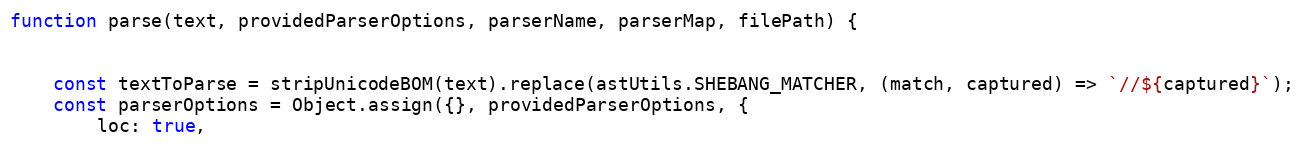
Language: JavaScript
function parse(text, providedParserOptions, parserName, parserMap, filePath) {

    const textToParse = stripUnicodeBOM(text).replace(astUtils.SHEBANG_MATCHER, (match, captured) => `//${captured}`);
    const parserOptions = Object.assign({}, providedParserOptions, {
        loc: true,